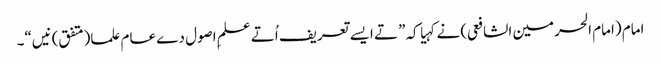
امام (امام الحرمین الشافعی) نے کہیا کہ” تے ایس‏ے تعریف اُتے علمِ اصول دے عام علما(متفق)نیں“۔